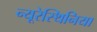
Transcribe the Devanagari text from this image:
न्यूरेस्थिनिया